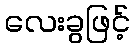
လေးခွဖြင့်